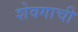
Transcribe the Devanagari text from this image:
शेवगाची